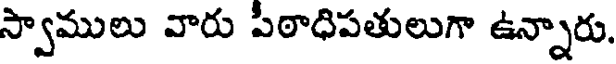
స్వాములు వారు పిఠాధిపతులుగా ఉన్నారు.